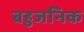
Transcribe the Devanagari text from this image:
बहुजनिक